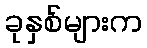
ခုနှစ်များက